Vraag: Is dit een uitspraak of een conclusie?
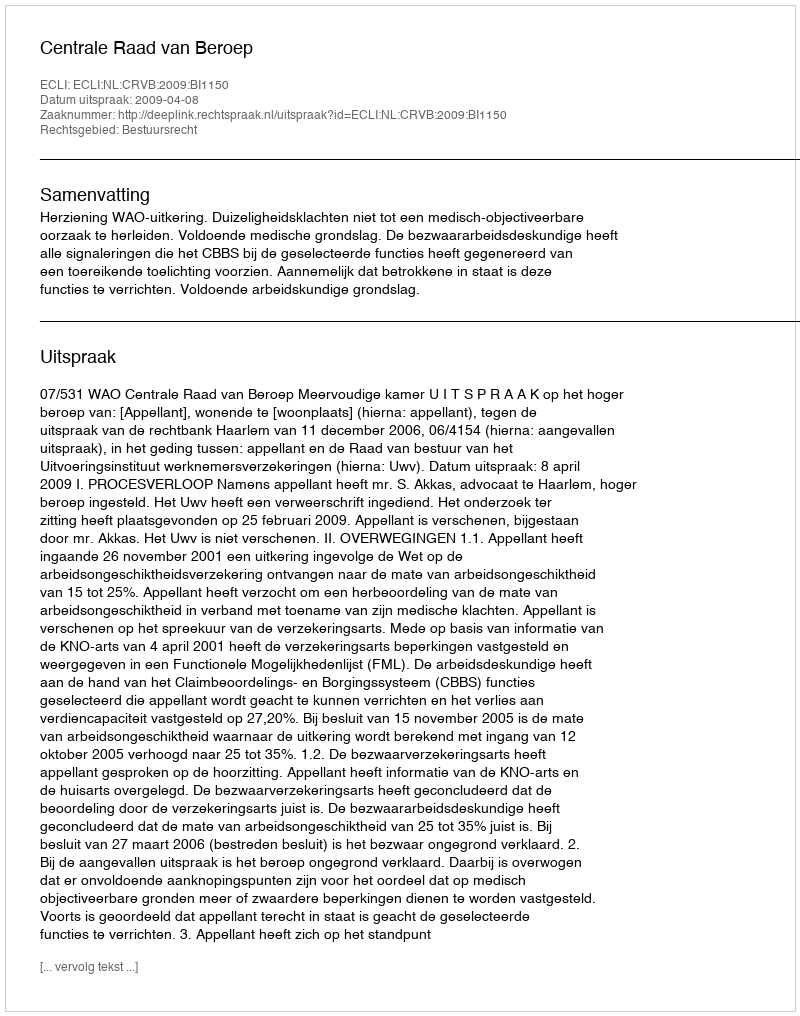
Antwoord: Uitspraak